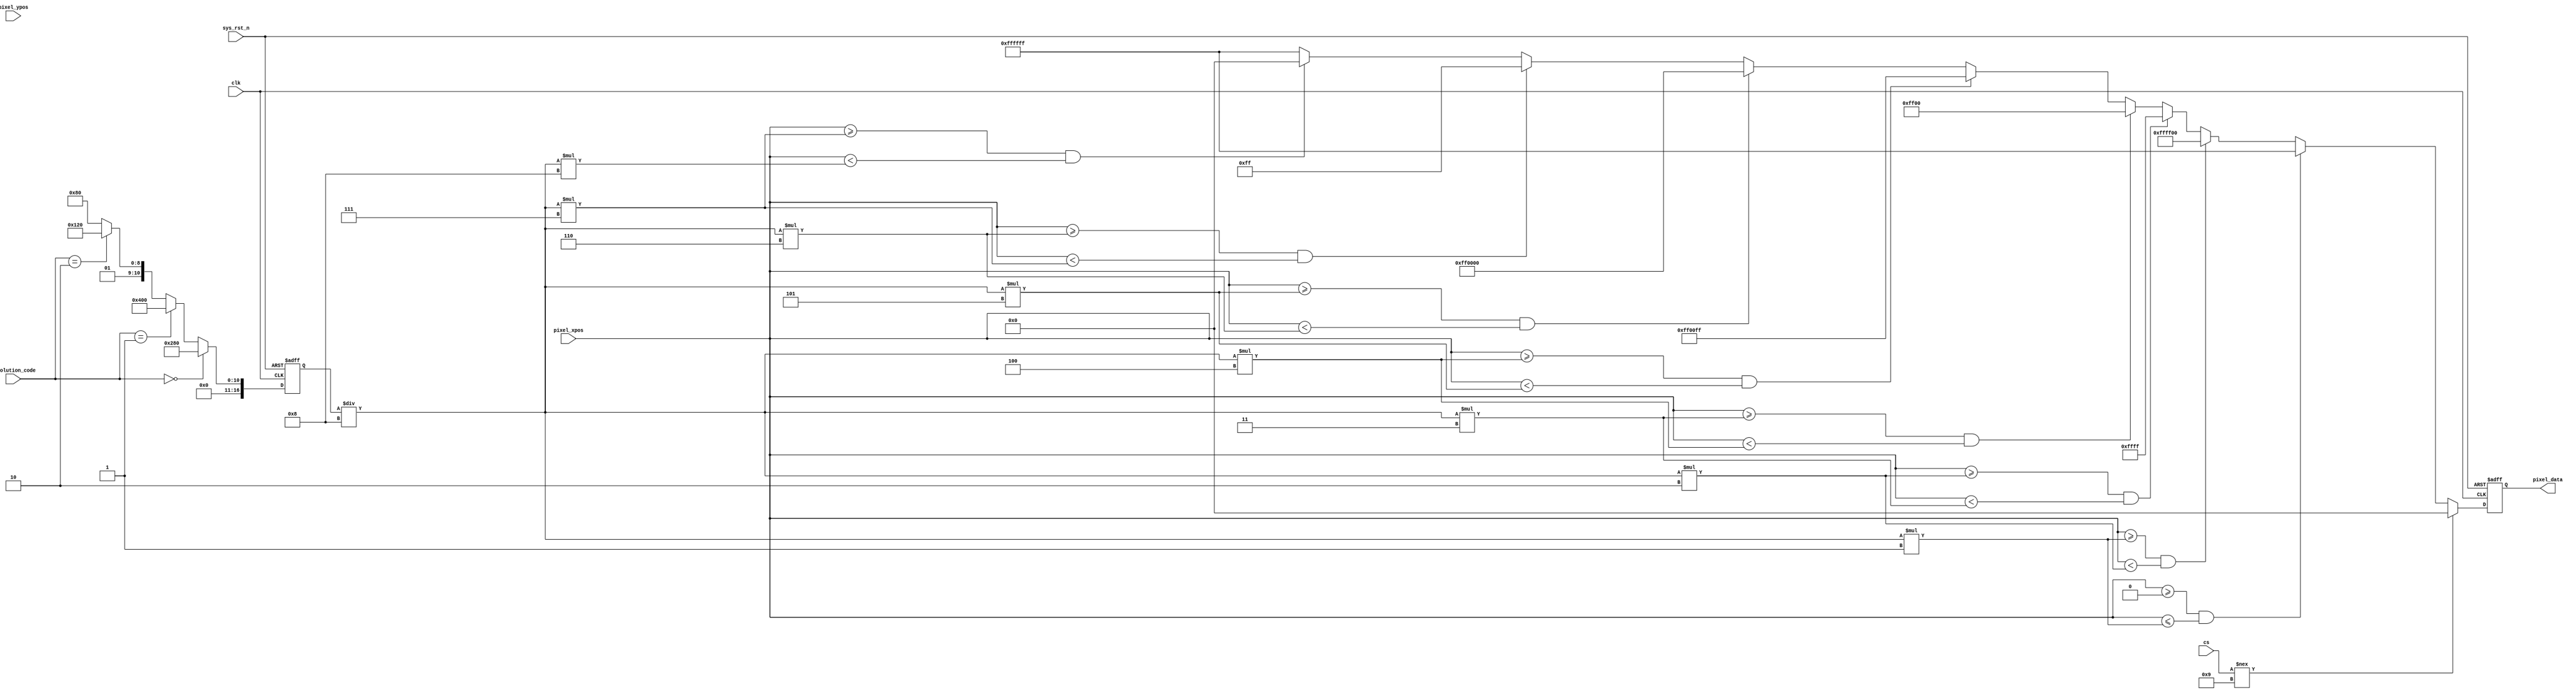
/*-----------------------------------------------------------------------
								 \\\|///
							   \\  - -  //
								(  @ @  )
+-----------------------------oOOo-(_)-oOOo-----------------------------+
Author				:		Mars
Email Address		: 		pengfeiwang88@163.com
Filename				:		hdmi_colorbar.v
Date					:		2020-06-20
Description			:		                                                                                       
							          Oooo								
+-------------------------------oooO--(   )-----------------------------+
                               (   )   ) /
                                \ (   (_/
                                 \_)
-----------------------------------------------------------------------*/

module hdmi_colorbar(
	input				clk,							//
	input				sys_rst_n,						//
	input	[3:0]	cs,								//
    
	input	[16:0]	pixel_xpos,						//
	input	[16:0]	pixel_ypos,						//  
	input	[1:0]		Resolution_code, 	
	
	output reg	[23:0]	pixel_data						//
	);    
    
	reg	[16:0]	H_DISP;
	reg	[16:0]	V_DISP;	

	localparam WHITE	= 24'b11111111_11111111_11111111;    //RGB888 
	localparam YELLOW	= 24'b11111111_11111111_00000000;    //RGB888 
	localparam CYAN	= 24'b00000000_11111111_11111111;    //RGB888 
	localparam GREEN	= 24'b00000000_11111111_00000000;    //RGB888 
	localparam MAGENTA= 24'b11111111_00000000_11111111;    //RGB888 
	localparam RED		= 24'b11111111_00000000_00000000;    //RGB888 
	localparam BLUE	= 24'b00000000_00000000_11111111;    //RGB888 
	localparam BLACK	= 24'b00000000_00000000_00000000;    //RGB888 

//	always @(*) begin   
	always @(posedge clk or negedge sys_rst_n) begin        
		if (!sys_rst_n) begin
			H_DISP <= 'd640;
			V_DISP <= 'd480;
		end
		else begin
	 		if (Resolution_code == 'b00)begin
				H_DISP <= 'd640;
				V_DISP <= 'd480;			
			end
			else if (Resolution_code == 'b01)begin
				H_DISP <= 'd1024;
				V_DISP <= 'd768;									
			end
			else if (Resolution_code == 'b10)begin
				H_DISP <= 'd800;
				V_DISP <= 'd600;	
			end
			else begin
				H_DISP <= 'd640;
				V_DISP <= 'd480;			
			end			
		end
	end
	
	//
	always @(posedge clk or negedge sys_rst_n) begin         
		if (!sys_rst_n)
			pixel_data <= 24'd0;
		else begin
			if(cs !== 'h09)	pixel_data <= BLACK;
			else begin
				if((pixel_xpos >= 0) && (pixel_xpos <= (H_DISP/8)*1))
					pixel_data <= WHITE;
				else if((pixel_xpos >= (H_DISP/8)*1) && (pixel_xpos <	(H_DISP/8)*2))
					pixel_data <= YELLOW;
				else if((pixel_xpos >= (H_DISP/8)*2) && (pixel_xpos <	(H_DISP/8)*3))
					pixel_data <= CYAN;
				else if((pixel_xpos >= (H_DISP/8)*3) && (pixel_xpos <	(H_DISP/8)*4))
					pixel_data <= GREEN;
				else if((pixel_xpos >= (H_DISP/8)*4) && (pixel_xpos <	(H_DISP/8)*5))
					pixel_data <= MAGENTA;
				else if((pixel_xpos >= (H_DISP/8)*5) && (pixel_xpos <	(H_DISP/8)*6))
					pixel_data <= RED;
				else if((pixel_xpos >= (H_DISP/8)*6) && (pixel_xpos <	(H_DISP/8)*7))
					pixel_data <= BLUE;
				else if((pixel_xpos >= (H_DISP/8)*7) && (pixel_xpos < (H_DISP/8)*8))
					pixel_data <= BLACK;
				else
					pixel_data <= WHITE;
			end
		end
	end

endmodule